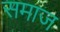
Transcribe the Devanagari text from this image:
समाज